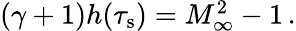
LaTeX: \begin{array}{r}{(\gamma+1)h(\tau_{\mathrm{s}})=M_{\infty}^{2}-1\, .}\end{array}